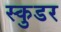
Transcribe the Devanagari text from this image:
स्कुडर